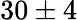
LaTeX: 30\pm 4